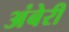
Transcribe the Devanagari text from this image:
अंबेरी